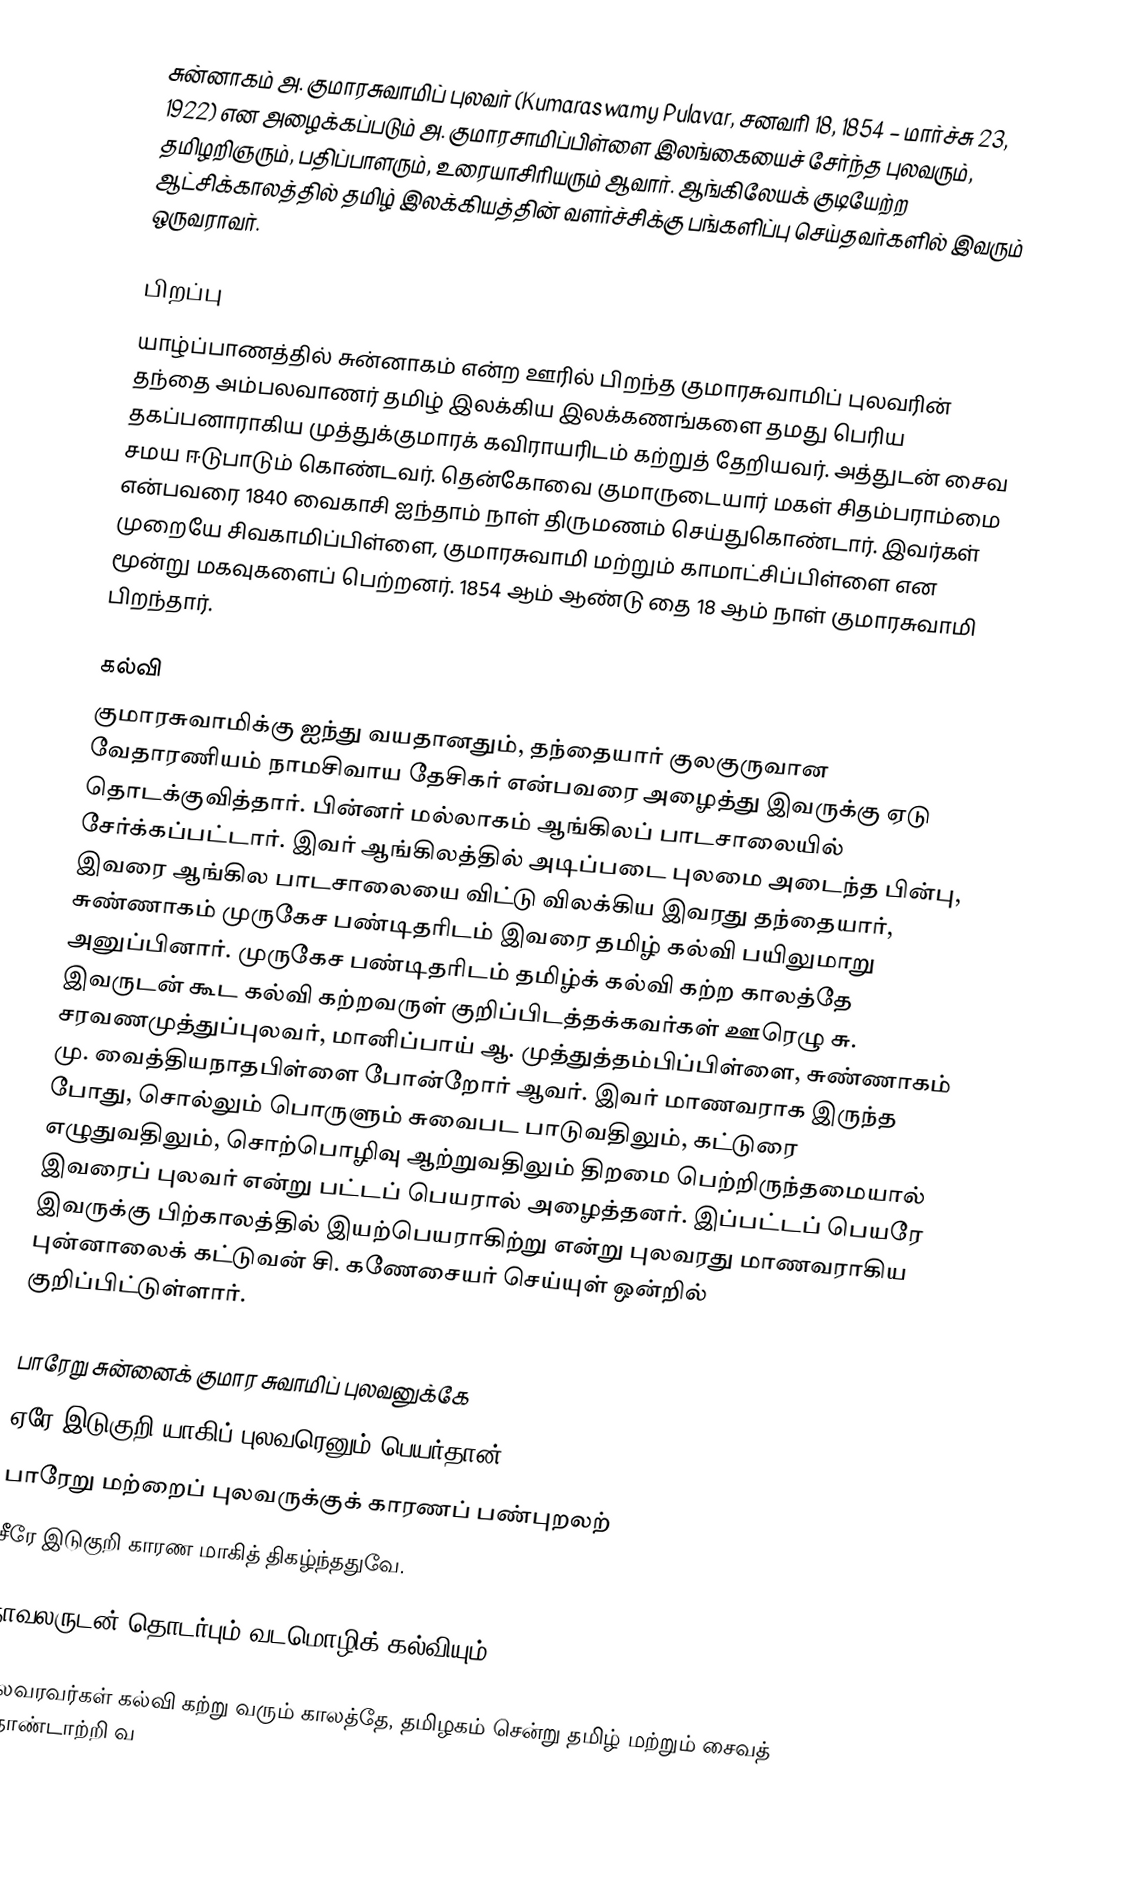
சுன்னாகம் அ. குமாரசுவாமிப் புலவர் (Kumaraswamy Pulavar, சனவரி 18, 1854 – மார்ச்சு 23, 1922) என அழைக்கப்படும் அ. குமாரசாமிப்பிள்ளை இலங்கையைச் சேர்ந்த புலவரும், தமிழறிஞரும், பதிப்பாளரும், உரையாசிரியரும் ஆவார். ஆங்கிலேயக் குடியேற்ற ஆட்சிக்காலத்தில் தமிழ் இலக்கியத்தின் வளர்ச்சிக்கு பங்களிப்பு செய்தவர்களில் இவரும் ஒருவராவர்.

பிறப்பு
யாழ்ப்பாணத்தில் சுன்னாகம் என்ற ஊரில் பிறந்த குமாரசுவாமிப் புலவரின் தந்தை அம்பலவாணர் தமிழ் இலக்கிய இலக்கணங்களை தமது பெரிய தகப்பனாராகிய முத்துக்குமாரக் கவிராயரிடம் கற்றுத் தேறியவர். அத்துடன் சைவ சமய ஈடுபாடும் கொண்டவர். தென்கோவை குமாருடையார் மகள் சிதம்பராம்மை என்பவரை 1840 வைகாசி ஐந்தாம் நாள் திருமணம் செய்துகொண்டார். இவர்கள் முறையே சிவகாமிப்பிள்ளை, குமாரசுவாமி மற்றும் காமாட்சிப்பிள்ளை என மூன்று மகவுகளைப் பெற்றனர். 1854 ஆம் ஆண்டு தை 18 ஆம் நாள் குமாரசுவாமி பிறந்தார்.

கல்வி
குமாரசுவாமிக்கு ஐந்து வயதானதும், தந்தையார் குலகுருவான வேதாரணியம் நாமசிவாய தேசிகர் என்பவரை அழைத்து இவருக்கு ஏடு தொடக்குவித்தார். பின்னர் மல்லாகம் ஆங்கிலப் பாடசாலையில் சேர்க்கப்பட்டார். இவர் ஆங்கிலத்தில் அடிப்படை புலமை அடைந்த பின்பு, இவரை ஆங்கில பாடசாலையை விட்டு விலக்கிய இவரது தந்தையார், சுண்ணாகம் முருகேச பண்டிதரிடம் இவரை தமிழ் கல்வி பயிலுமாறு அனுப்பினார். முருகேச பண்டிதரிடம் தமிழ்க் கல்வி கற்ற காலத்தே இவருடன் கூட கல்வி கற்றவருள் குறிப்பிடத்தக்கவர்கள் ஊரெழு சு. சரவணமுத்துப்புலவர், மானிப்பாய் ஆ. முத்துத்தம்பிப்பிள்ளை, சுண்ணாகம் மு. வைத்தியநாதபிள்ளை போன்றோர் ஆவர். இவர் மாணவராக இருந்த போது, சொல்லும் பொருளும் சுவைபட பாடுவதிலும், கட்டுரை எழுதுவதிலும், சொற்பொழிவு ஆற்றுவதிலும் திறமை பெற்றிருந்தமையால் இவரைப் புலவர் என்று பட்டப் பெயரால் அழைத்தனர். இப்பட்டப் பெயரே இவருக்கு பிற்காலத்தில் இயற்பெயராகிற்று என்று புலவரது மாணவராகிய புன்னாலைக் கட்டுவன் சி. கணேசையர் செய்யுள் ஒன்றில் குறிப்பிட்டுள்ளார்.

பாரேறு சுன்னைக் குமார சுவாமிப் புலவனுக்கே
ஏரே இடுகுறி யாகிப் புலவரெனும் பெயர்தான்
பாரேறு மற்றைப் புலவருக்குக் காரணப் பண்புறலற்
சீரே இடுகுறி காரண மாகித் திகழ்ந்ததுவே.

நாவலருடன் தொடர்பும் வடமொழிக் கல்வியும்

புலவரவர்கள் கல்வி கற்று வரும் காலத்தே, தமிழகம் சென்று தமிழ் மற்றும் சைவத் தொண்டாற்றி வ